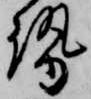
勢